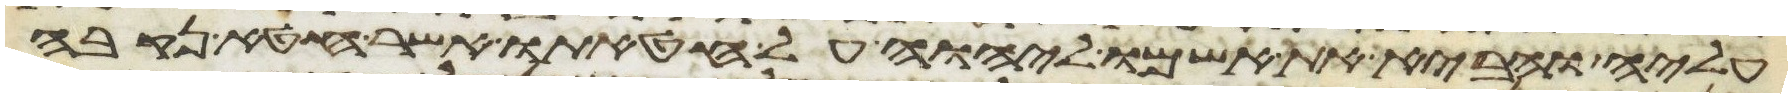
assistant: עליה והביא את אשמו ליהוה על חטאתו אשר חטא נקבה